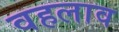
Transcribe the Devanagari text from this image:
वहलाव